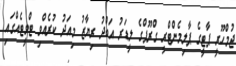
ޖުމްހޫރީ ޕާޓީގެ ޕާލިމެންޓްރީ ގްރޫޕްގެ ލީޑަރު އަބްދު ރިޔާޒު މިއަދު ކުރެއްވި ޓްވީޓެއްގައި